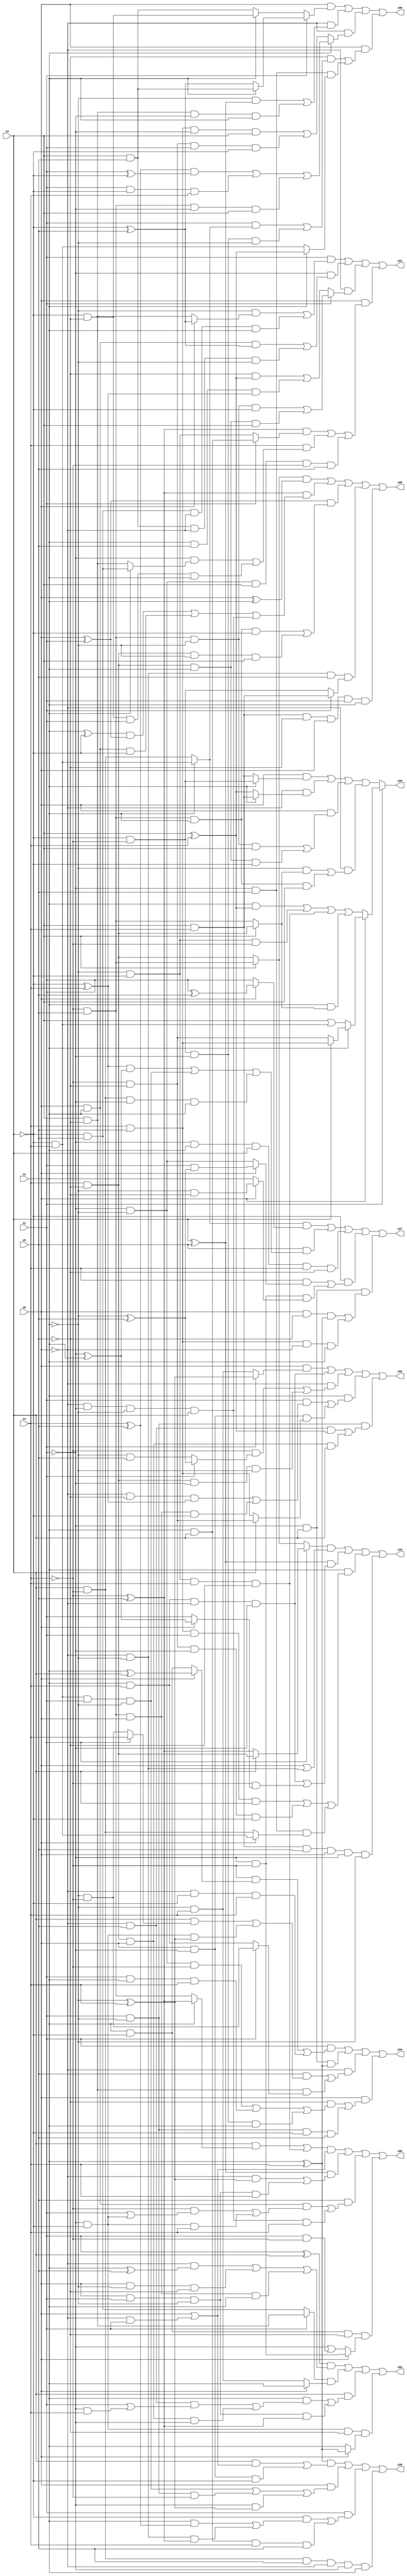
// Benchmark "X_44" written by ABC on Mon Jun 05 01:34:55 2023

module X_44 ( 
    x0, x1, x2, x3, x4, x5,
    z00, z01, z02, z03, z04, z05, z06, z07, z08, z09, z10  );
  input  x0, x1, x2, x3, x4, x5;
  output z00, z01, z02, z03, z04, z05, z06, z07, z08, z09, z10;
  assign z00 = (((x3 & (x2 ? (~x4 ^ x5) : (~x4 & x5))) | (~x2 & ~x3 & x4 & ~x5)) & (x0 | (~x0 & x1))) | ((x3 ^ x5) & ((~x0 & (~x2 ^ x4)) | (x0 & x1 & ~x2 & x4))) | (x5 & ((x0 & x2 & ((~x4 & (x1 | (~x1 & ~x3))) | (~x1 & ~x3 & x4))) | (~x0 & ~x1 & ~x2 & x3 & x4))) | (x2 & ~x3 & ~x5 & (x0 ? (~x1 & ~x4) : (~x1 | (x1 & ~x4))));
  assign z01 = (x1 & ((~x2 & (x0 ? (~x3 ^ x5) : (x3 & ~x5))) | (~x3 & x5 & ~x0 & x2))) | (~x1 & ((x0 & x2 & (~x3 ^ x5)) | (x3 & x5 & ~x0 & ~x2))) | (~x0 & (x1 ? ((~x4 & x5 & ~x2 & ~x3) | (x4 & ~x5 & x2 & x3)) : ((~x5 & (x3 ^ x4)) | (x2 & x5 & (~x3 ^ x4))))) | (x0 & (((~x4 ^ x5) & (x1 ? (x2 & x3) : (~x2 & ~x3))) | (x4 & ((~x1 & (x2 ? (~x3 & x5) : (x3 & ~x5))) | (~x3 & ~x5 & x1 & x2))) | (~x1 & ~x2 & x3 & ~x4 & x5)));
  assign z02 = (x0 & (x1 ? (~x2 ^ x4) : (~x2 & x4))) | (x2 & x4 & ~x0 & ~x1) | (~x0 & ((~x4 & (x1 ? (~x2 ^ x5) : (~x2 & x5))) | (x4 & ~x5 & ~x1 & ~x2))) | (x2 & ((x1 & ((~x0 & ~x5 & (~x3 ^ x4)) | (~x4 & x5 & x0 & ~x3))) | (x0 & ~x1 & (x3 ? (~x4 & ~x5) : (x4 & x5))))) | (x1 & ~x2 & ((~x0 & x5 & (x3 ^ x4)) | (x4 & ~x5 & x0 & x3)));
  assign z03 = ((x1 ^ x3) & ((~x0 & (x2 ^ x5)) | (x0 & ~x2 & ~x5) | (~x4 & x5 & x0 & x2))) | ((x1 ? (x3 & ~x5) : (~x3 & x5)) & (x0 ? x2 : (~x2 & x4))) | (x3 & ((x2 & ((~x0 & x5 & (x1 | (~x1 & x4))) | (x4 & ~x5 & x0 & ~x1))) | (x0 & x1 & ~x2 & (~x4 ^ x5)))) | (~x1 & ~x3 & ~x5 & (x0 ? (x2 ^ x4) : x2));
  assign z04 = (x1 & ((~x4 & (x0 ? (x2 ^ x3) : (x2 & ~x3))) | (~x0 & ~x3 & x4))) | (~x1 & x3 & (x2 ^ x4)) | (~x0 & ((x5 & ((x3 & (x1 ? x4 : (~x2 & ~x4))) | (~x1 & ~x3 & (~x2 ^ x4)))) | (x3 & ~x5 & (x1 ? (~x2 & ~x4) : (x2 & x4))))) | (x0 & ((~x5 & ((~x1 & ~x2 & ~x4) | (x1 & x2 & x4) | (~x3 & ~x4 & ~x1 & x2))) | (x1 & ~x2 & ~x3 & x5)));
  assign z05 = (x0 & (x1 ? (x2 ? (x3 & x5) : (~x3 ^ x5)) : (x2 ? (~x3 & ~x5) : (x3 & x5)))) | (~x0 & ((~x2 & (x3 ^ x5)) | (x3 & ~x5 & ~x1 & x2))) | (~x0 & (x2 ? (((x4 ^ x5) & (x1 ^ ~x3)) | (x1 & ~x3 & x4) | (~x4 & x5 & ~x1 & x3)) : ((x4 & x5 & ~x1 & x3) | (~x4 & ~x5 & x1 & ~x3)))) | (x0 & ((~x5 & ((x1 & (x2 ? (~x3 & x4) : (x3 & ~x4))) | (~x3 & ~x4 & ~x1 & ~x2))) | (~x1 & x5 & (x2 ? (x3 ^ x4) : (~x3 & x4)))));
  assign z06 = x1 ? (x0 ? (x2 ? (x3 ? (x4 & x5) : (~x4 & ~x5)) : (x3 | (~x3 & x4))) : ((x2 & (x3 ^ x4)) | (~x2 & ~x3 & ~x4) | (~x2 & ~x3 & x4 & ~x5) | (x2 & (x3 ? (x4 & ~x5) : (~x4 & x5))))) : ((x0 & (x2 ? (~x3 & ~x4) : (x3 & x4))) | (~x0 & (x2 ? (x3 & x4) : (x3 ^ x4))) | (x0 & ((~x4 & x5 & ~x2 & x3) | (x4 & ~x5 & x2 & ~x3))) | (~x0 & ((~x2 & (x3 ? (x4 & ~x5) : (~x4 & x5))) | (~x4 & x5 & x2 & x3))));
  assign z07 = ((x2 ? (~x3 & x4) : (x3 & ~x4)) & (x0 ? (x1 ^ x5) : x1)) | (x5 & (((~x3 ^ x4) & (~x1 ^ x2)) | (~x3 & x4 & x1 & ~x2) | (x3 & ~x4 & ~x1 & x2))) | (~x1 & x2 & x3 & x4 & ~x5) | (~x3 & ((x4 & (x0 ? (x1 & (~x2 ^ x5)) : (~x1 & ~x2))) | (~x1 & ~x4 & (x0 ? (~x2 & ~x5) : x2)))) | (~x1 & x3 & ((x0 & ~x5 & (x2 ^ x4)) | (x4 & x5 & ~x0 & x2)));
  assign z08 = ((x2 ^ x4) & ((x3 & (x0 | (~x0 & x1))) | (x0 & ~x1 & ~x3))) | (x0 & ((~x3 & x4 & x1 & ~x2) | (x1 & ~x2 & ~x4) | (~x1 & (~x2 ^ x4)))) | (x1 & ((~x3 & ((x2 & (x4 ^ x5)) | (~x0 & ~x2 & (~x4 ^ x5)))) | (x2 & x3 & x4 & x5))) | (x3 & ~x4 & x5 & ~x0 & ~x1 & x2);
  assign z09 = ((x3 ? (~x4 & x5) : (x4 & ~x5)) & (x0 ^ x2)) | ((~x4 ^ x5) & (((x2 ^ ~x3) & (x0 ^ x1)) | (x0 & x2 & ~x3) | (~x0 & ~x1 & ~x2 & x3))) | ((x0 ^ x1) & ((~x4 & x5 & x2 & ~x3) | (x4 & ~x5 & ~x2 & x3))) | (~x0 & ~x2 & x5 & (x1 ? (x3 & x4) : (~x3 & ~x4))) | (x3 & x4 & ~x5 & x0 & x1 & x2);
  assign z10 = ((x1 ? (x3 ? (x4 & ~x5) : (~x4 ^ x5)) : (x3 ? (~x4 & x5) : (x4 & ~x5))) & (x0 | (~x0 & ~x2))) | ((x3 ^ x5) & ((x2 & x4 & ~x0 & ~x1) | (~x4 & (x0 ? (~x1 ^ x2) : x1)))) | (x2 & ((x4 & x5 & x1 & x3) | (~x4 & ~x5 & ~x1 & ~x3) | (~x1 & x5 & (x0 ? (~x3 & x4) : (x3 & ~x4))))) | (x3 & x4 & x5 & x0 & ~x1 & ~x2);
endmodule